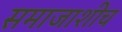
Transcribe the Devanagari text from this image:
समाजाशीच